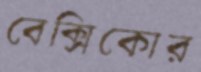
বেক্সিকোর